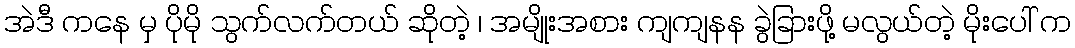
အဲဒီ ကနေ မှ ပိုမို သွက်လက်တယ် ဆိုတဲ့ ၊ အမျိုးအစား ကျကျနန ခွဲခြားဖို့ မလွယ်တဲ့ မိုးပေါ် က